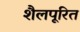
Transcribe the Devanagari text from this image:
शैलपूरित